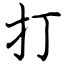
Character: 打